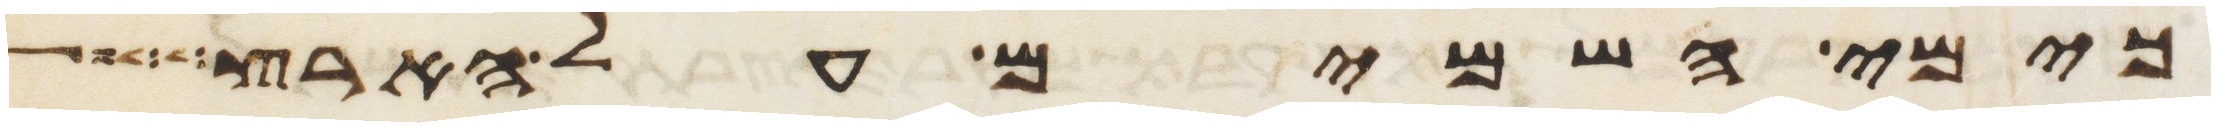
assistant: כימי השמים על הארץ